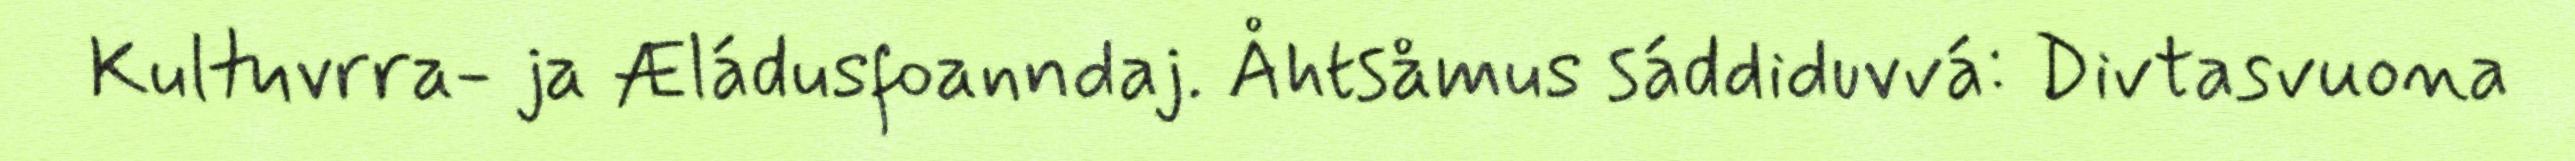
Kultuvrra- ja Æládusfoanndaj. Åhtsåmus sáddiduvvá: Divtasvuona